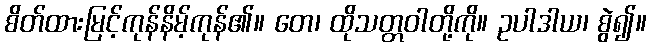
စိတ်ထားမြင့်ကုန်နိမ့်ကုန်၏။ တေ၊ ထိုသတ္တဝါတို့ကို။ ဥပါဒါယ၊ စွဲ၍။